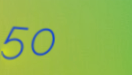
50%